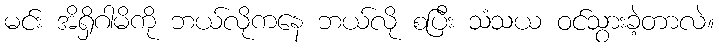
မင်း အိရှိဂါမိကို ဘယ်လိုကနေ ဘယ်လို စပြီး သံသယ ဝင်သွားခဲ့တာလဲ။